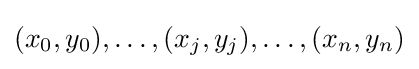
(x_{0},y_{0}),\ldots ,(x_{j},y_{j}),\ldots ,(x_{n},y_{n})